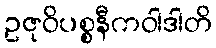
ဥဇုဝိပစ္စနီကဝါဒါတိ